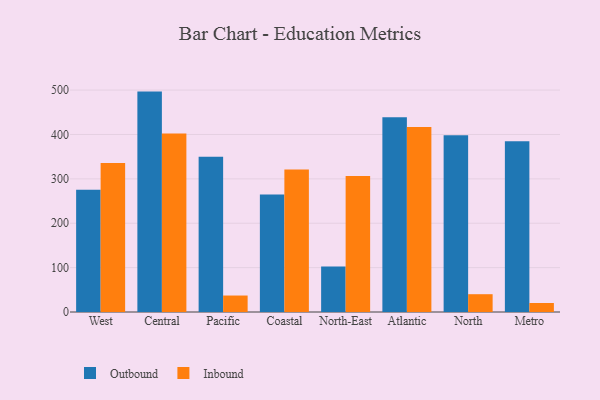
{"axis": {"x": "Region", "y": "Humidity (%)"}, "legend": ["Inbound", "Outbound"], "data": [{"x": "West", "y": 275.2, "type": "Outbound"}, {"x": "West", "y": 335.9, "type": "Inbound"}, {"x": "Central", "y": 496.6, "type": "Outbound"}, {"x": "Central", "y": 402.4, "type": "Inbound"}, {"x": "Pacific", "y": 349.8, "type": "Outbound"}, {"x": "Pacific", "y": 37.1, "type": "Inbound"}, {"x": "Coastal", "y": 265.0, "type": "Outbound"}, {"x": "Coastal", "y": 321.1, "type": "Inbound"}, {"x": "North-East", "y": 102.7, "type": "Outbound"}, {"x": "North-East", "y": 306.5, "type": "Inbound"}, {"x": "Atlantic", "y": 439.0, "type": "Outbound"}, {"x": "Atlantic", "y": 416.8, "type": "Inbound"}, {"x": "North", "y": 398.5, "type": "Outbound"}, {"x": "North", "y": 40.1, "type": "Inbound"}, {"x": "Metro", "y": 384.9, "type": "Outbound"}, {"x": "Metro", "y": 20.3, "type": "Inbound"}]}